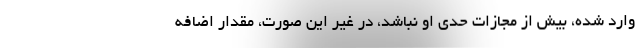
وارد شده، بیش از مجازات حدی او نباشد، در غیر این صورت، مقدار اضافه